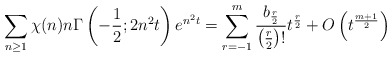
\begin{align*}\sum_{n\geq1}\chi(n)n\Gamma\left(-\frac12;2n^2t\right)e^{n^2t}=\sum_{r=-1}^m\frac{b_{\frac r2}}{\left(\frac r2\right)!}t^{\frac r2}+O\left(t^{\frac{m+1}2}\right)\end{align*}